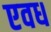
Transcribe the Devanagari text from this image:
एवध